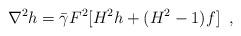
LaTeX: \begin{align*} \nabla^{2}h=\bar{\gamma}F^{2}[H^{2}h+(H^{2}-1)f] \;\; ,\end{align*}